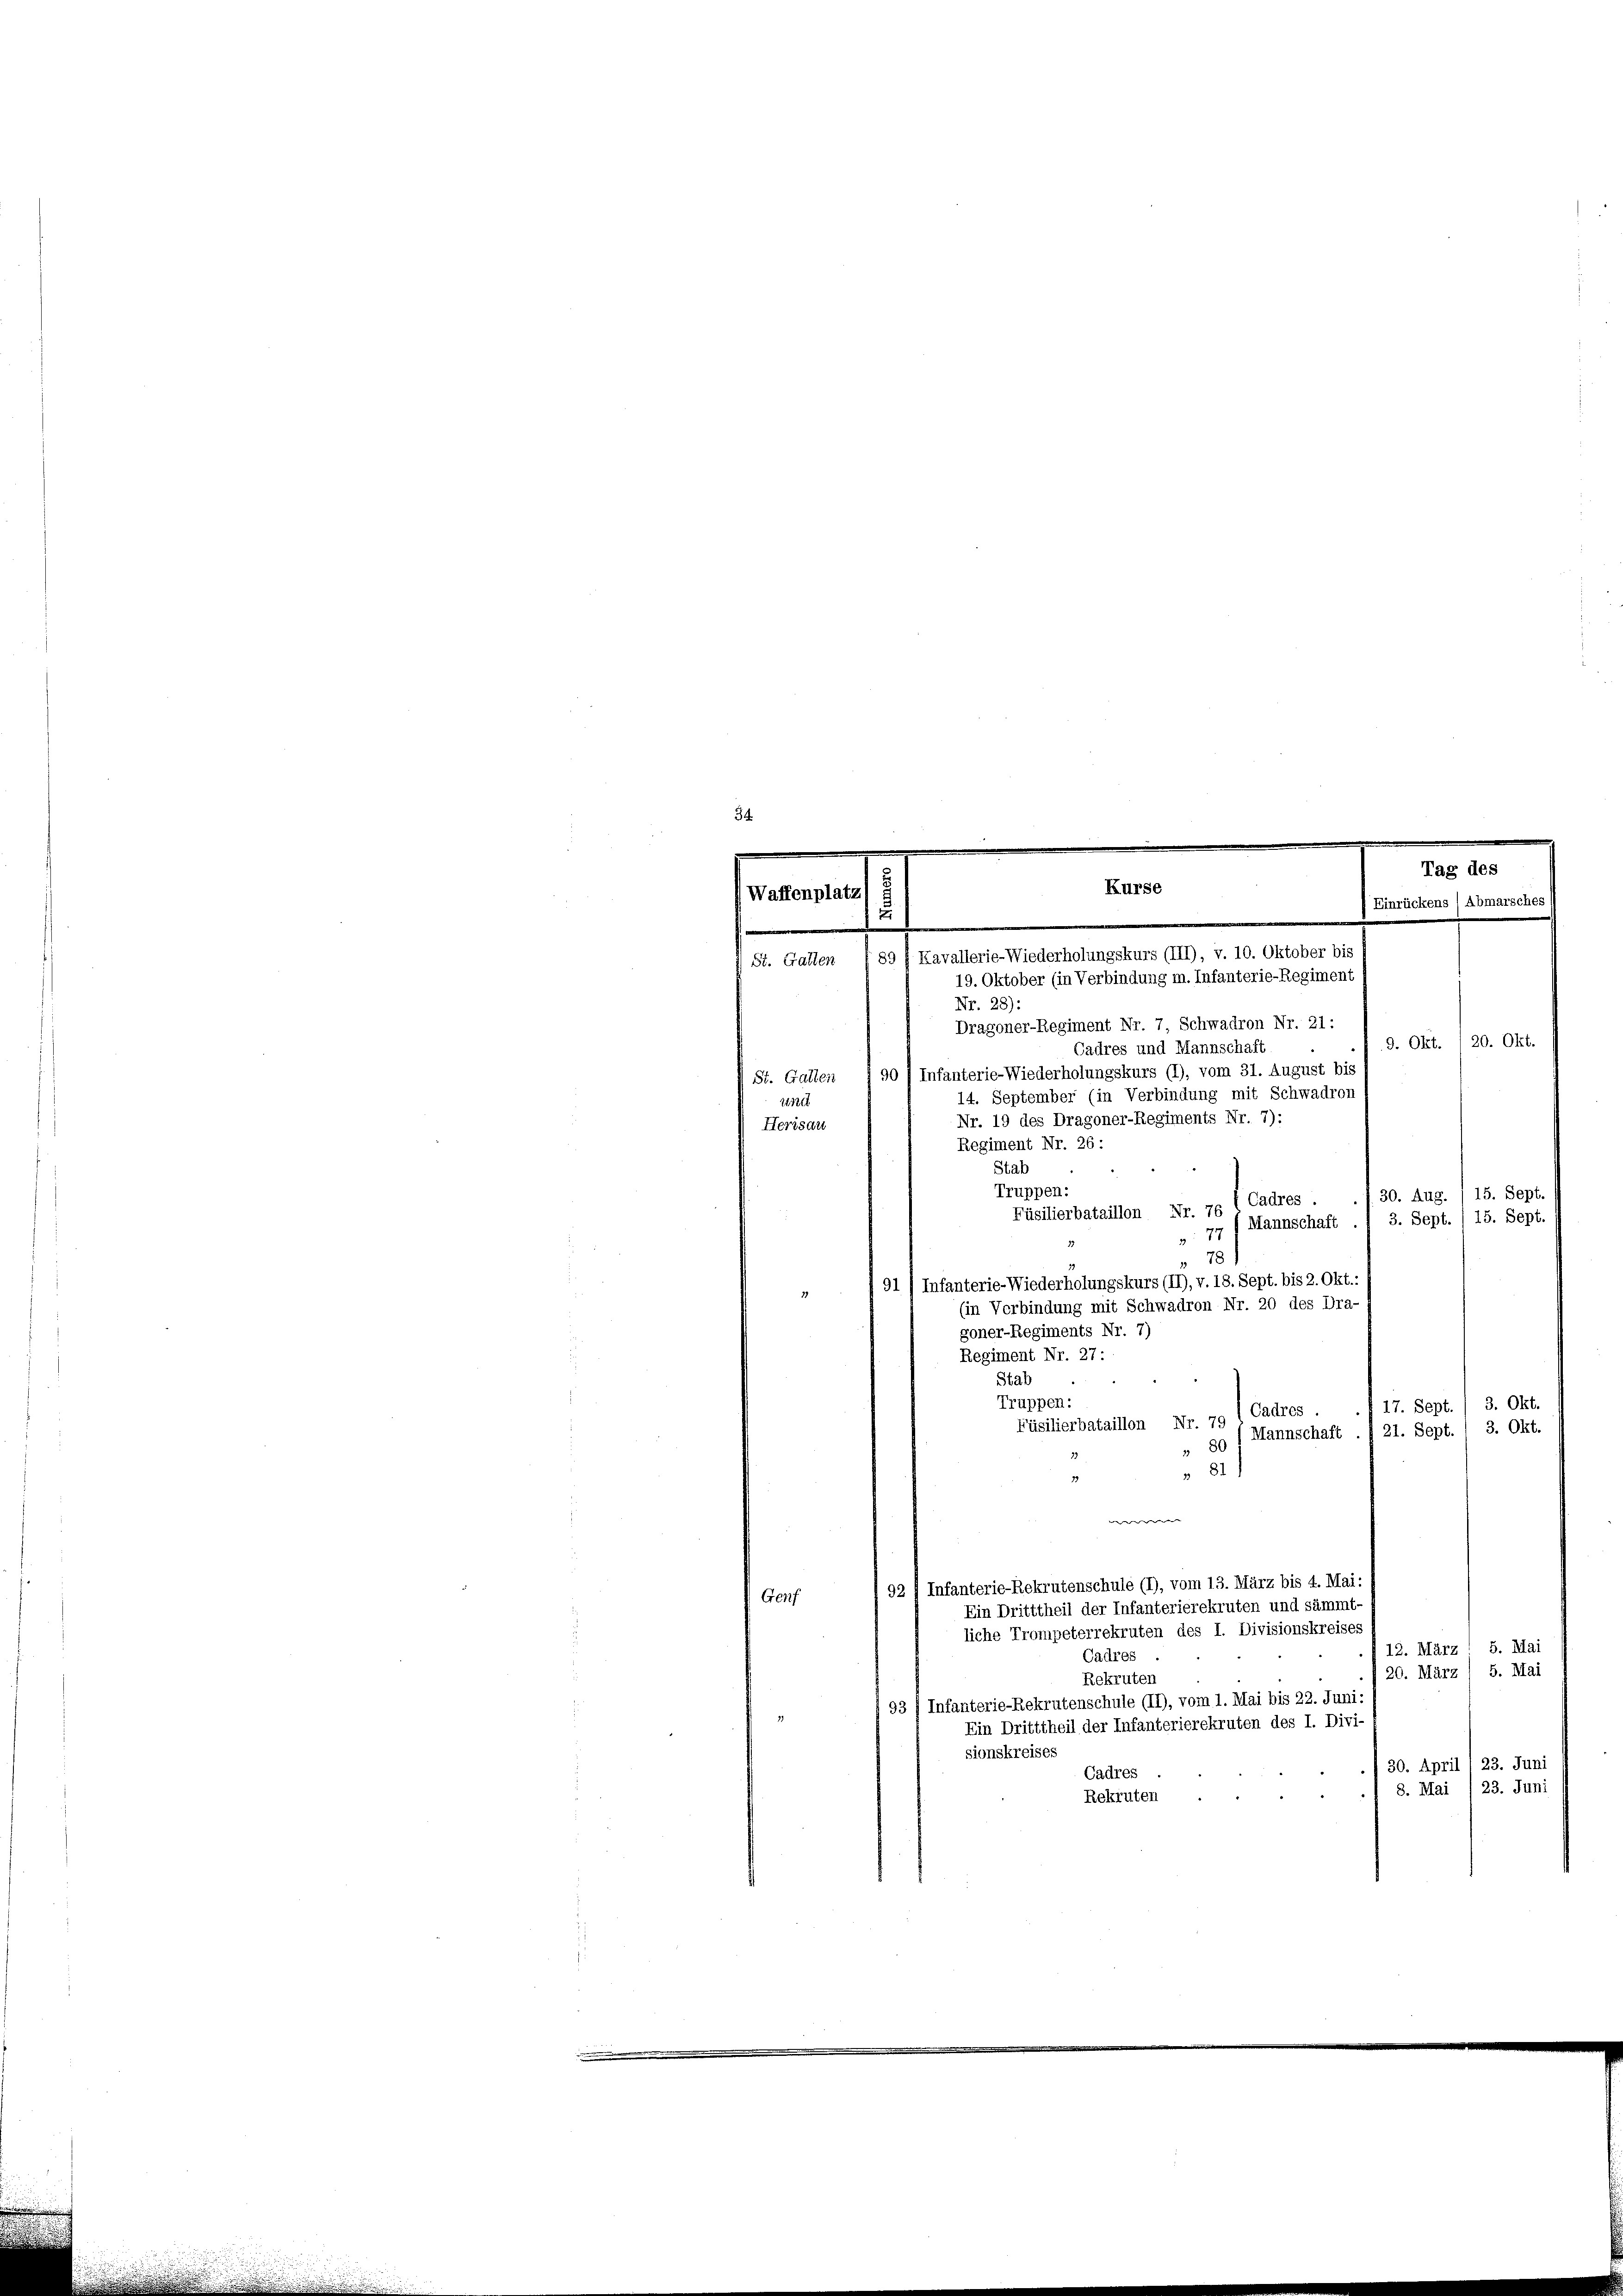
Waffenplatz
.

St. Gallen
zne
Herisau

Kurse
Einri
89 f Kavallerie-Wiederholungskurs (III), v. 10. Oktober bis
19. Oktober (in Verbindung m. Infanterie-Regiment

g des
ens) Abmarsches

Nr. 28):
Dragoner-Regiment Nr. 7, Schwadron Nr. 21:
9. Okt. 1 20. Okt.
Cadres und Mannschaft
St. Gallen " 90 (Infanterie-Wiederholungskurs (I), vom 31. August bis
14. September (in Verbindung mit Schwadron
Nr. 19 des Dragoner-Regiments Nr. 7):
Regiment Nr. 26:
Stab
Truppen:
30. Aug. ) 15. Sept.
Füsilierbataillon Nr. 70 l Cadres
3. Sept. 15. Sept.
Mannschaft
77
78 1
91 / Infanterie-Wiederholungskurs (II), v. 18. Sept. bis 2. Okt.:
17
(in Verbindung mit Schwadron Nr. 20 des Dra-
goner-Regiments Nr. 7)
Regiment Nr. 27:
Stab
Truppen:
3. Okt.
17. Sept.
Cadres
Füsilierbataillon Nr. 79
3. Okt.
21. Sept.
Mannschaft
80
3 84
we
§ 92 4 Infanterie-Rekrutenschule (1), vom 13. März bis 4. Mai,
Genf
Ein Dritttheil der Infanterierekruten und sämmt-
liche Trompeterrekruten des I. Divisionskreises
12. März 1 S. Mai
Cadres
5. Mai
20. März
Rekruten
93 / Infanterie-Rekrutenschule (II), vom 1. Mai bis 22. Juni
Ein Dritttheil der Infanterierekruten des I. Divi
sionskreises
30. April , 23. Juni
Cadres
23. Juni
8. Mai
Rekruten